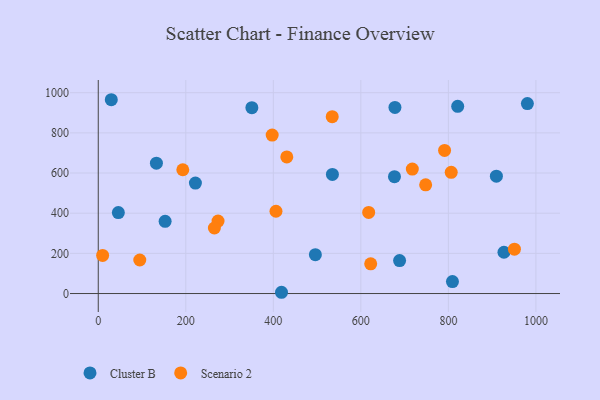
{"axis": {"x": "Engine Size", "y": "Yield"}, "legend": ["Cluster B", "Scenario 2"], "data": [{"x": "927.0", "y": 205.5, "type": "Cluster B"}, {"x": "132.9", "y": 649.3, "type": "Cluster B"}, {"x": "496.1", "y": 193.6, "type": "Cluster B"}, {"x": "45.9", "y": 403.2, "type": "Cluster B"}, {"x": "152.8", "y": 359.4, "type": "Cluster B"}, {"x": "909.7", "y": 584.4, "type": "Cluster B"}, {"x": "351.0", "y": 925.5, "type": "Cluster B"}, {"x": "222.0", "y": 550.1, "type": "Cluster B"}, {"x": "535.0", "y": 593.2, "type": "Cluster B"}, {"x": "676.8", "y": 582.1, "type": "Cluster B"}, {"x": "418.7", "y": 6.3, "type": "Cluster B"}, {"x": "688.5", "y": 163.9, "type": "Cluster B"}, {"x": "821.3", "y": 932.2, "type": "Cluster B"}, {"x": "980.5", "y": 945.8, "type": "Cluster B"}, {"x": "809.3", "y": 59.4, "type": "Cluster B"}, {"x": "29.8", "y": 965.0, "type": "Cluster B"}, {"x": "677.9", "y": 926.5, "type": "Cluster B"}, {"x": "273.7", "y": 360.7, "type": "Scenario 2"}, {"x": "622.5", "y": 148.2, "type": "Scenario 2"}, {"x": "406.1", "y": 409.8, "type": "Scenario 2"}, {"x": "397.4", "y": 788.8, "type": "Scenario 2"}, {"x": "193.2", "y": 616.3, "type": "Scenario 2"}, {"x": "717.6", "y": 619.9, "type": "Scenario 2"}, {"x": "534.6", "y": 880.4, "type": "Scenario 2"}, {"x": "94.9", "y": 167.1, "type": "Scenario 2"}, {"x": "430.8", "y": 680.0, "type": "Scenario 2"}, {"x": "791.3", "y": 712.6, "type": "Scenario 2"}, {"x": "10.0", "y": 189.9, "type": "Scenario 2"}, {"x": "265.4", "y": 326.3, "type": "Scenario 2"}, {"x": "617.9", "y": 403.8, "type": "Scenario 2"}, {"x": "950.9", "y": 220.7, "type": "Scenario 2"}, {"x": "748.1", "y": 541.4, "type": "Scenario 2"}, {"x": "806.5", "y": 603.3, "type": "Scenario 2"}]}